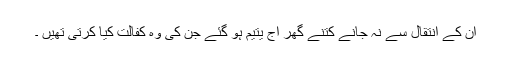
ان کے انتقال سے نہ جانے کتنے گھر آج یتیم ہو گئے جن کی وہ کفالت کیا کرتی تھیں ۔